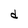
Character: d